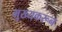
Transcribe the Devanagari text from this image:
मुख्यकरून